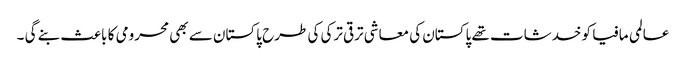
عالمی مافیا کو خدشات تھے پاکستان کی معاشی ترقی ترکی کی طرح پاکستان سے بھی محرومی کا باعث بنے گی ۔